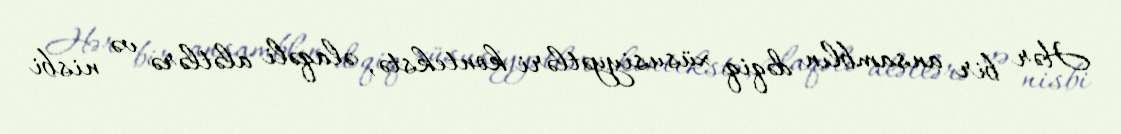
Hər bir ansamblın dəqiq xüsusiyyətləri kontekstə, əlaqəli alətlərə və nisbi